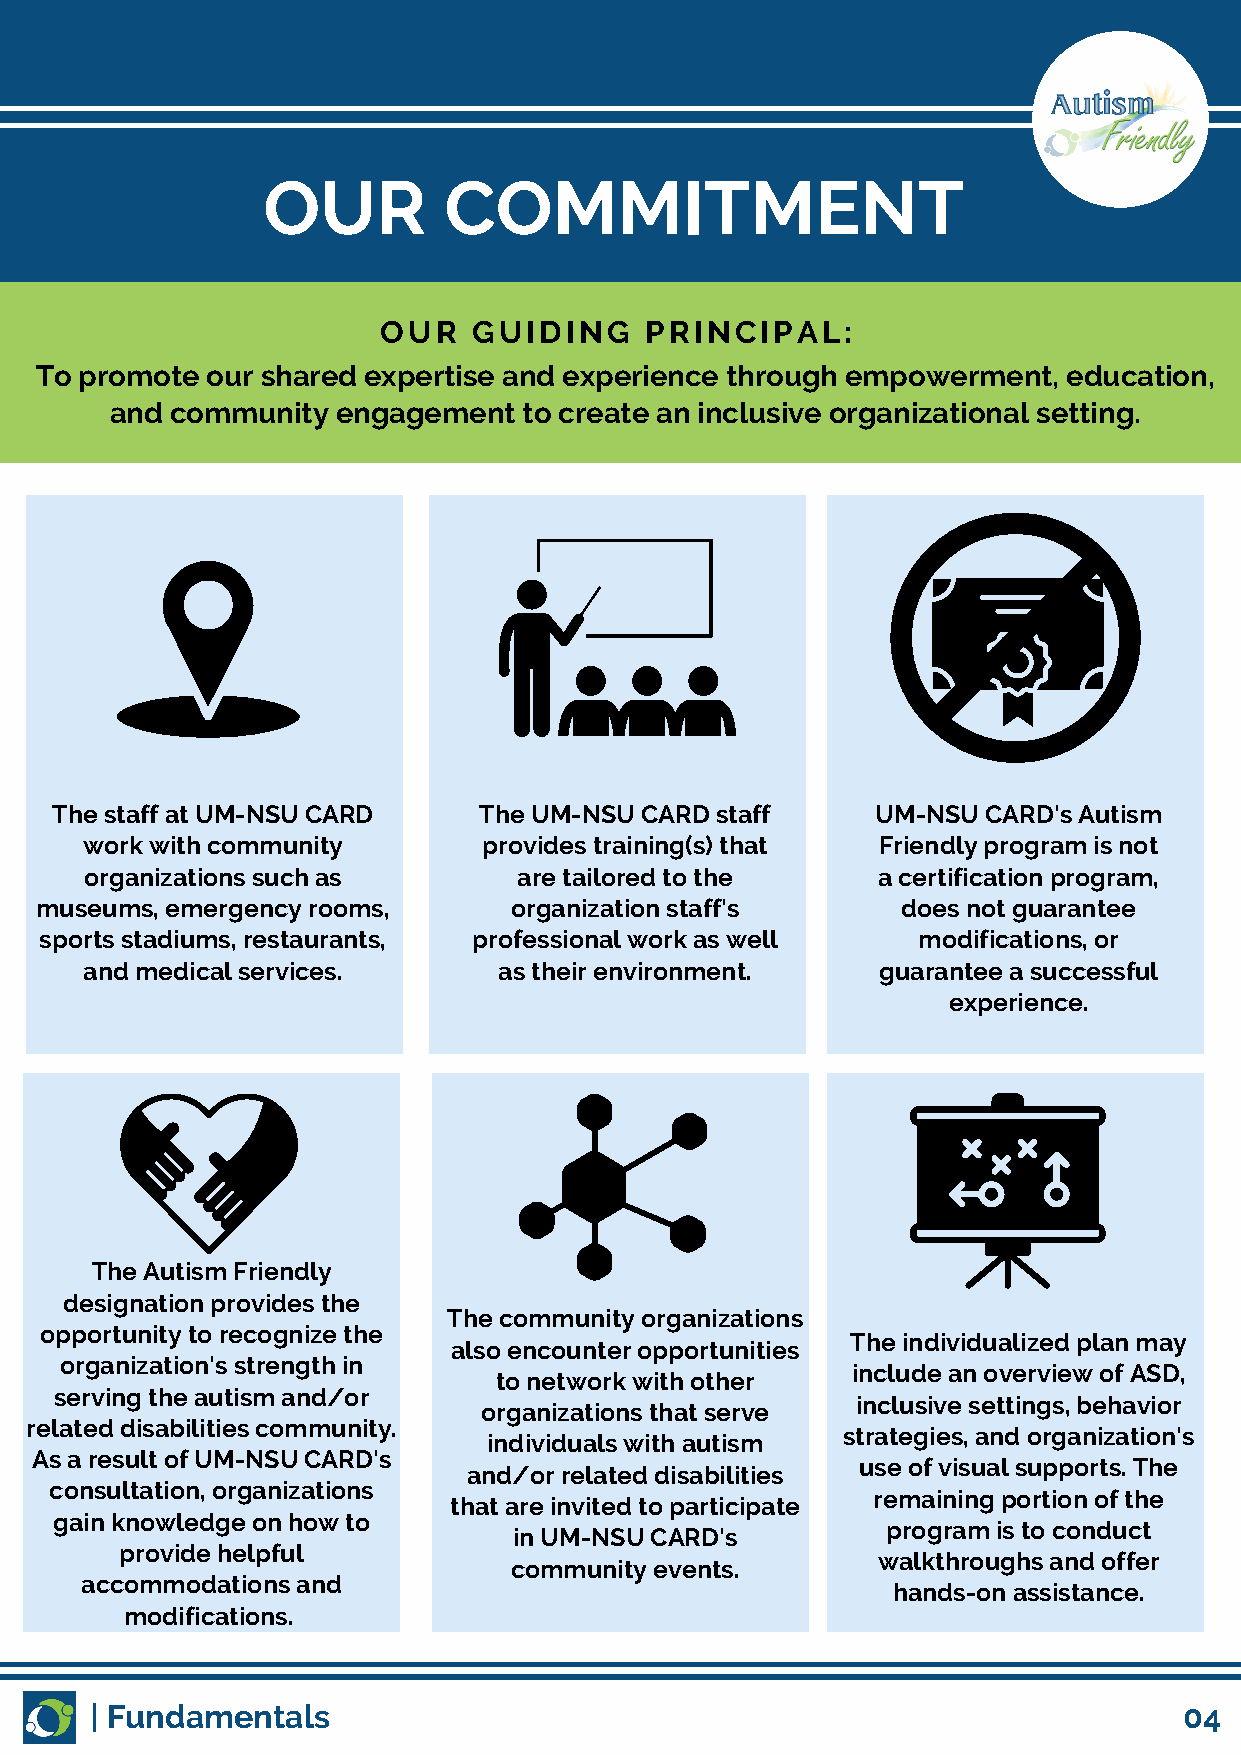
OUR         COMMITMENT
 OUR   GUIDING     PRINCIPAL:
 To promote  our shared expertise and experience through empowerment, education,
 and community  engagement   to create an inclusive organizational setting.
 The staff at UM-NSU CARD     The UM-NSU CARD staff     UM-NSU CARD's Autism
 work with community        provides training(s) that Friendly program is not
 organizations such as       are tailored to the     a certification program,
 museums, emergency rooms,       organization staff's      does not guarantee
 sports stadiums, restaurants, professional work as well   modifications, or
 and medical services.      as their environment.    guarantee a successful
 experience.
 The Autism Friendly
 designation provides the
 The community organizations
 opportunity to recognize the
 The individualized plan may
 also encounter opportunities
 organization's strength in
 include an overview of ASD,
 to network with other
 serving the autism and/or
 inclusive settings, behavior
 organizations that serve
 related disabilities community.
 strategies, and organization's
 individuals with autism
 As a result of UM-NSU CARD's
 use of visual supports. The
 and/or related disabilities
 consultation, organizations
 remaining portion of the
 that are invited to participate
 gain knowledge on how to
 program is to conduct
 in UM-NSU CARD's
 provide helpful
 walkthroughs and offer
 community events.
 accommodations and
 hands-on assistance.
 modifications.
 | Fundamentals                                                          04